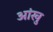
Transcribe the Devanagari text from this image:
आंखु